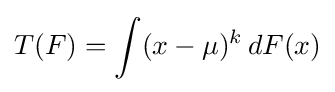
T(F)=\int (x-\mu )^{k}\,dF(x)